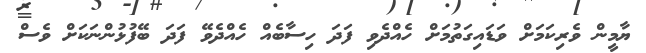
ޔާމީން ވެރިކަމަށް ވަޑައިގަތުމަށް ހެއްދެވި ފަދަ ހިސާބެއް ހެއްދެވޭ ފަދަ ބޭފުޅުންނަކަށް ވެސް